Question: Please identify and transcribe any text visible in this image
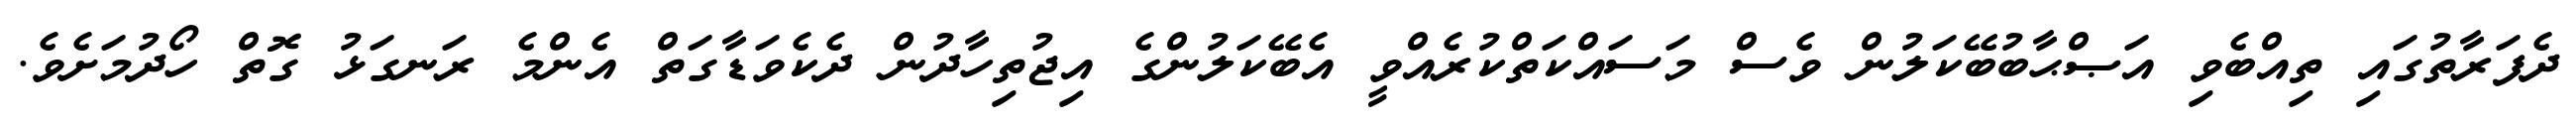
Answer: ދެފަރާތުގައި ތިއްބެވި އަޞްޙާބުބޭކަލުން ވެސް މަސައްކަތްކުރެއްވީ އެބޭކަލުންގެ އިޖުތިހާދުން ދެކެވަޑާގަތް އެންމެ ރަނގަޅު ގޮތް ހޯދުމަށެވެ.